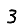
Digit: 3